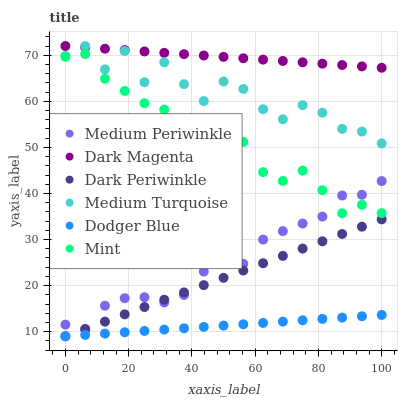
| xaxis_label | Medium Periwinkle | Dark Magenta | Dark Periwinkle | Medium Turquoise | Dodger Blue | Mint |
 | --- | --- | --- | --- | --- | --- | --- |
 | 0 | 11.5 | 72 | 9 | 69.8 | 9 | 69.7 |
 | 6.25 | 10.5 | 71.7 | 10.6 | 72 | 9.29 | 70.3 |
 | 12.5 | 15.6 | 71.4 | 12.2 | 66.9 | 9.58 | 64.9 |
 | 18.8 | 17.3 | 71.1 | 13.8 | 70.9 | 9.87 | 62.3 |
 | 25 | 17.5 | 70.8 | 15.3 | 64.1 | 10.2 | 59.6 |
 | 31.2 | 16.3 | 70.5 | 16.9 | 68.5 | 10.4 | 58.2 |
 | 37.5 | 18 | 70.2 | 18.5 | 63.7 | 10.7 | 55.8 |
 | 43.8 | 23 | 69.9 | 20.1 | 60.1 | 11 | 53.2 |
 | 50 | 25.7 | 69.6 | 21.7 | 64.3 | 11.3 | 55 |
 | 56.2 | 24.7 | 69.3 | 23.3 | 62.7 | 11.6 | 51.2 |
 | 62.5 | 30 | 69 | 24.9 | 58.3 | 11.9 | 44.6 |
 | 68.8 | 31.8 | 68.8 | 26.4 | 56.1 | 12.2 | 42.7 |
 | 75 | 33.5 | 68.5 | 28 | 59.2 | 12.5 | 44.9 |
 | 81.2 | 35 | 68.2 | 29.6 | 57.5 | 12.8 | 40.7 |
 | 87.5 | 39.6 | 67.9 | 31.2 | 54 | 13 | 35.7 |
 | 93.8 | 39.7 | 67.6 | 32.8 | 53.4 | 13.3 | 37.5 |
 | 100 | 42.7 | 67.3 | 34.4 | 50.9 | 13.6 | 35.7 |